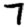
Digit: 7